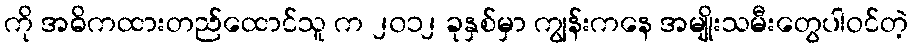
ကို အဓိကထားတည်ထောင်သူ က ၂၀၁၂ ခုနှစ်မှာ ကျွန်းကနေ အမျိုးသမီးတွေပါဝင်တဲ့